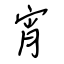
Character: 宵